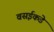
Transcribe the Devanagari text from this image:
वसईकडे